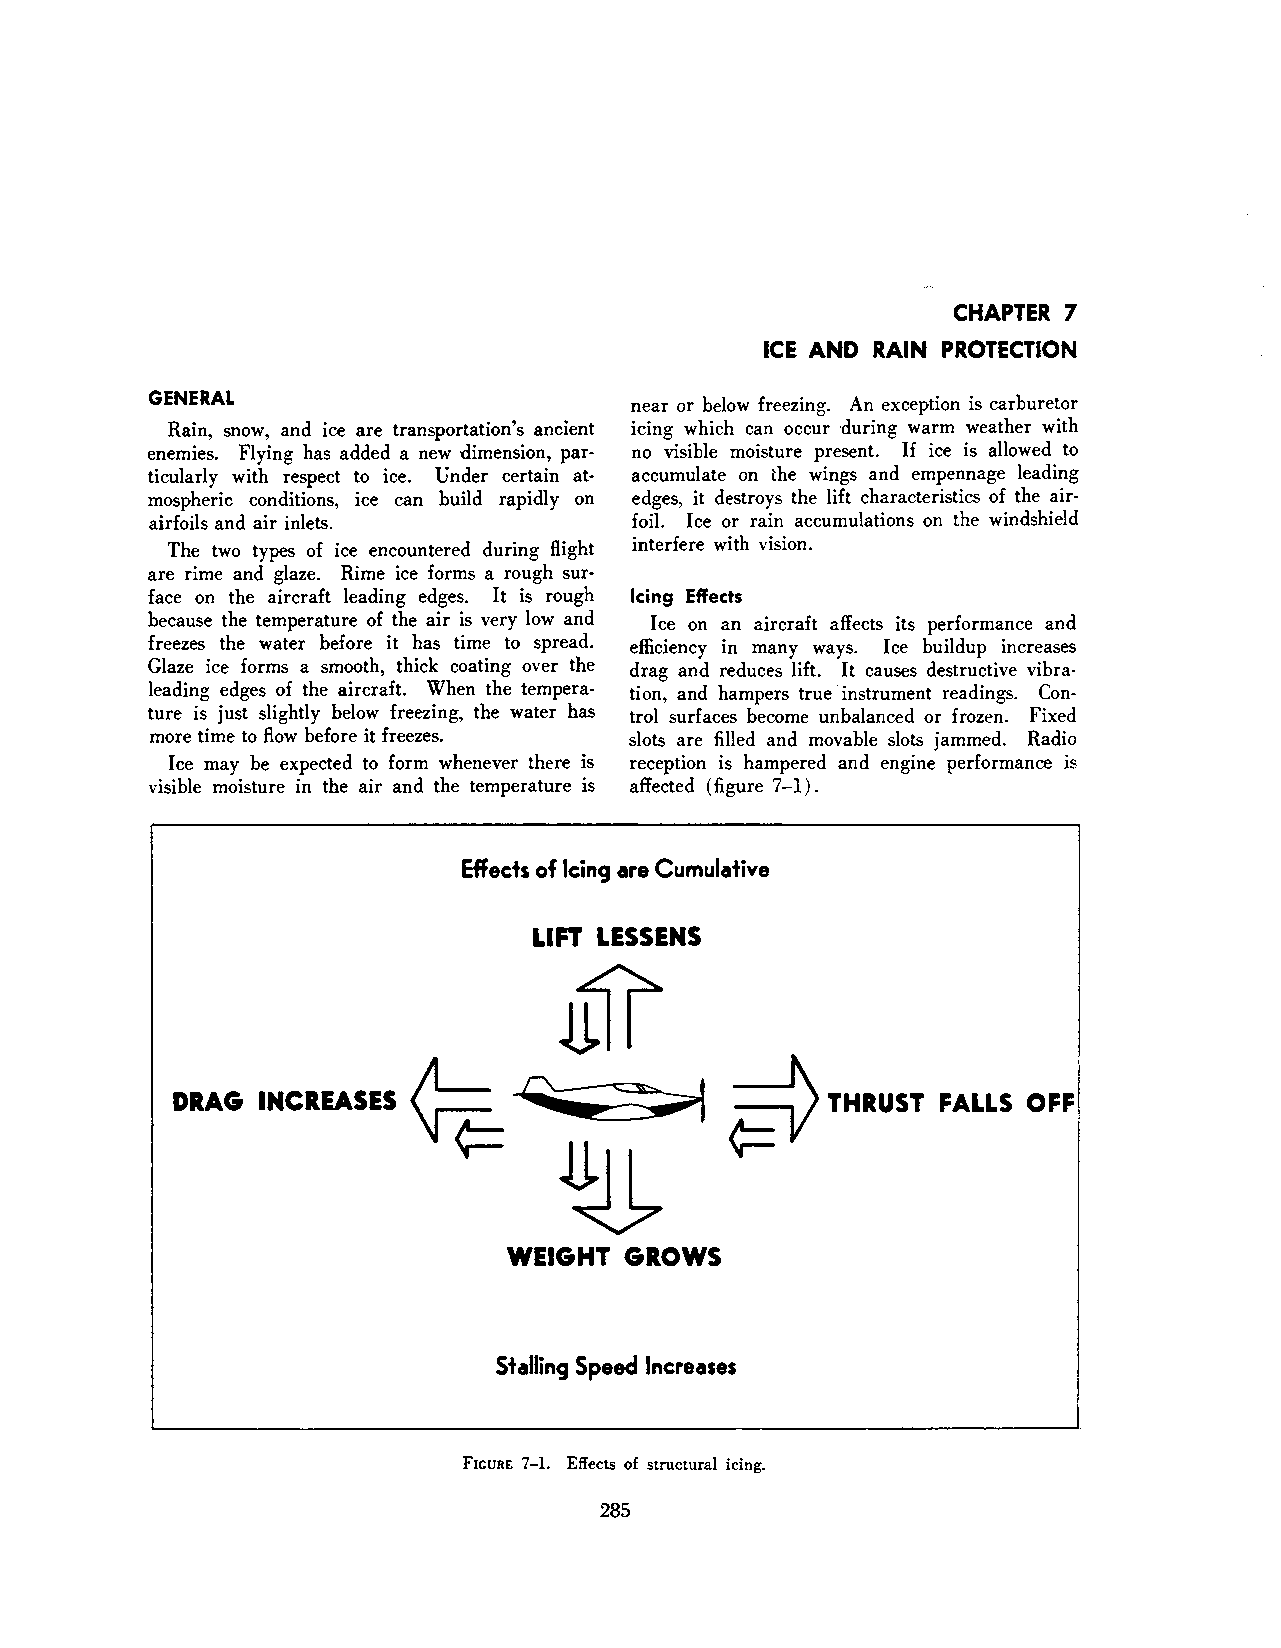
CHAPTER 7
 ICE AND RAIN PROTECTION
 GENERAL                         near or below freezing. An exception is carburetor
 Rain, snow, and ice are transportation's ancient icing which can occur during warm weather with
 enemies. Flying has added a new dimension, par· no visible moisture present. If ice is allowed to
 ticularly with respect to ice. Under certain at accumulate on the wings and empennage leading
 mospheric conditions, ice can build rapidly on edges, it destroys the lift characteristics of the air
 airfoils and air inlets.        foil. Ice or rain accumulations on the windshield
 The two types of ice encountered during flight interfere with vision.
 are rime and glaze. Rime ice forms a rough sur
 face on the aircraft leading edges. It is rough Icing Effects
 because the temperature of the air is very low and Ice on an aircraft affects its performance and
 freezes the water before it has time to spread. efficiency in many ways. Ice buildup increases
 Glaze ice forms a smooth, thick coating over the drag and reduces lift. It causes destructive vibra
 leading edges of the aircraft. When the tempera· tion, and hampers true instrument readings. Con
 ture is just slightly below freezing, the water has trol surfaces become unbalanced or frozen. Fixed
 more time to flow before it freezes. slots are filled and movable slots jammed. Radio
 Ice may be expected to form whenever there is reception is hampered and engine performance is
 visible moisture in the air and the temperature is affected (figure 7-1).
 Effects of Icing are Cumulative
 LIFT LESSENS
 J1fl
 jl_.          ~      ~THRUST
 DRAG  INCREASES \[";4::: -4:::::.:-.. ==--t        FALLS OFF
 ¢::~
 WEIGHT GROWS
 Stalling Speed Increases
 FIGURE 7-1. Effects of structural icing.
 285